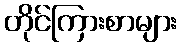
တိုင်ကြားစာများ